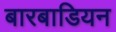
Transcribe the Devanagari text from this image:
बारबाडियन